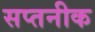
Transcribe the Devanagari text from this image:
सप्तनीक